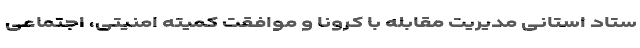
ستاد استانی مدیریت مقابله با کرونا و موافقت کمیته امنیتی، اجتماعی